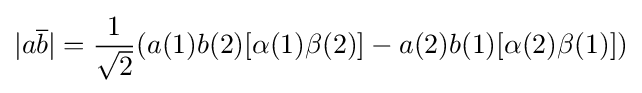
|a{\overline {b}}|={\frac {1}{\sqrt {2}}}(a(1)b(2)[\alpha (1)\beta (2)]-a(2)b(1)[\alpha (2)\beta (1)])